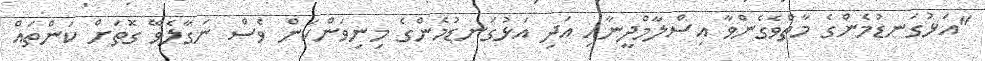
"އަޅުގަނޑުމެންގެ މާތްވެގެންވާ އިސްލާމްދީނާއި އަދި އަޅުގަނޑުމެންގެ މިނިވަންކަން ވެސް ނަގާލެވޭ ގޮތަށް ކަންތައް